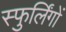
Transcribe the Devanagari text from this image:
स्फुर्लिंगों